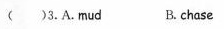
( )3.A. mud B. chase